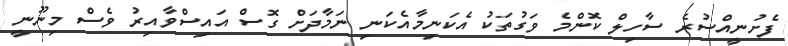
ފެށުނީއްސުރެ ސާހިލް ކޮންމެ ވަގުތަކު އެކަނިމާއެކަނި ނަމާދަށް ގޮސް އައިސްވާއިރު ވެސް މިނޫނީ